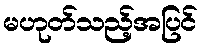
မဟုတ်သည့်အပြင်